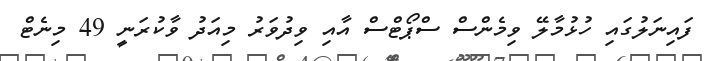
ފައިނަލުގައި ހުޅުމާލޭ ވިމެންސް ސްޕޯޓްސް އާއި ވިދުވަރު މިއަދު ވާކުރަނީ 49 މިނެޓް